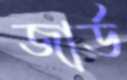
জার্ড